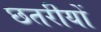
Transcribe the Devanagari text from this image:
छतरीयों